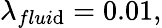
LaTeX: \lambda_{flui\mathrm{d}}=0.01,